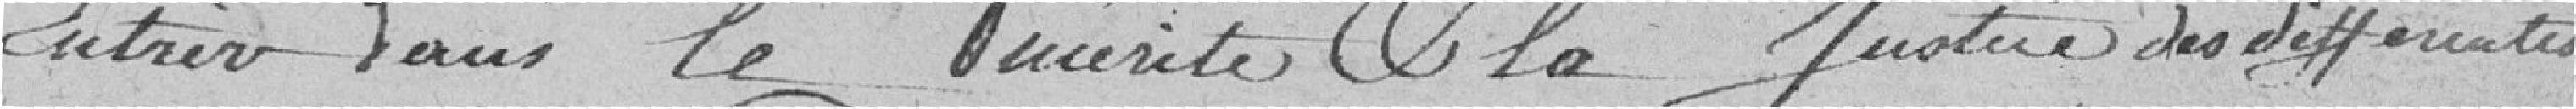
entrer dans le mérite et la justice des différentes